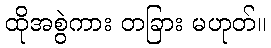
ထိုအစွဲကား တခြား မဟုတ်။